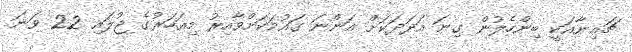
ޗައިނާއަކީ ބިންހެލުން ގިނަ އަދަދަކަށް އަންނަ ގައުމަކަށްވާއިރު މިއަހަރުގެ ޖުލައި 22 ވަނަ